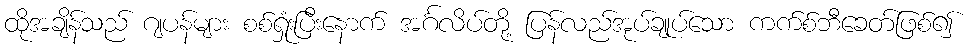
ထိုအချိန်သည် ဂျပန်များ စစ်ရှုံးပြီးနောက် အင်္ဂလိပ်တို့ ပြန်လည်အုပ်ချုပ်သော ကက်စ်ဘီခေတ်ဖြစ်၍